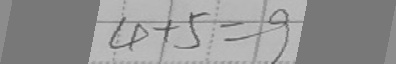
4 + 5 = 9